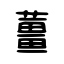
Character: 薑